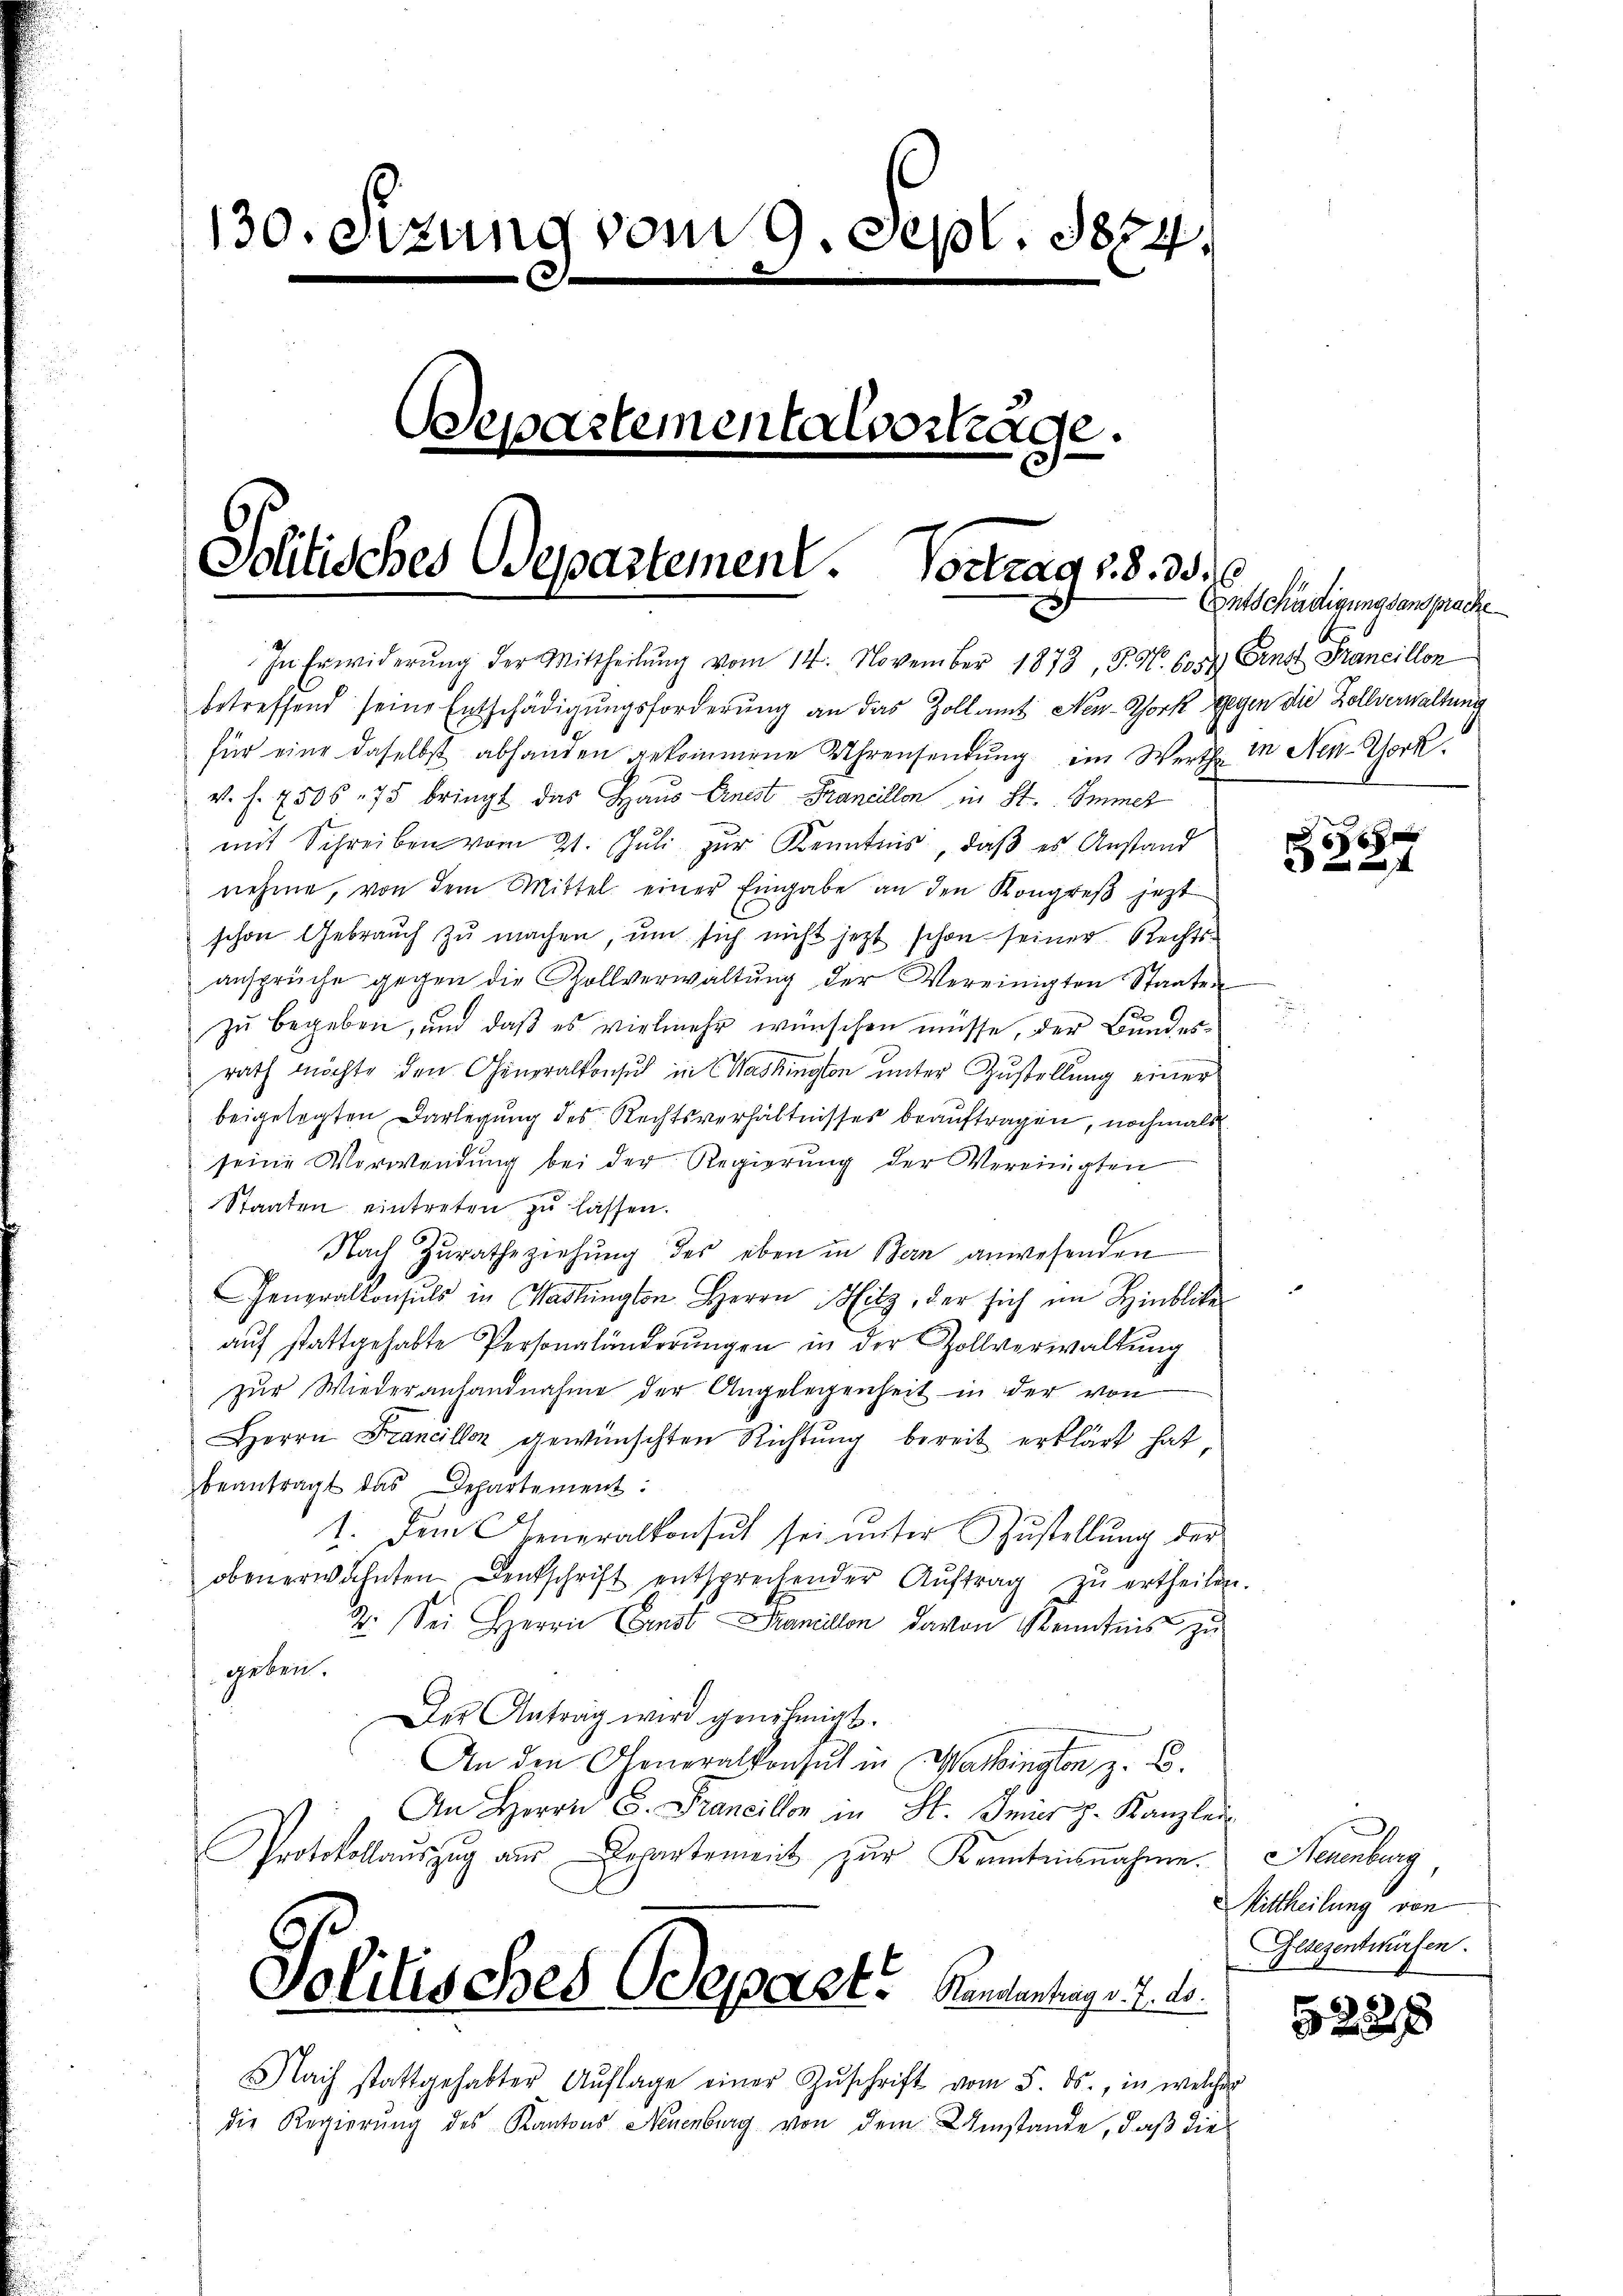
30. Sitzung vom 9. Sept. 1874.
Separtementalvertrage
Politisches Repartement. Vortrag d. 8. 356

In Erwiderŭng der Mittheilŭng vom 14. November 1873, S. Nr. 605 Ernst Francillon
betreffend seine Entschädigŭngsforderŭng an das Zollamt New-York gegen die Zollverwaltung
für eine daselbst abhanden gekommene Uhrensendung im Werth in New-York
v. f. 7506 75 bringt das Haus Einest Francellen in St. Immer
mit Schreiben vom 21. Jŭli zur Kenntnis, daß es Anstand
nehme, von dem Mittel einer Eingabe an den Kongreß jetzt
schon Gebraŭch zŭ machen, ŭm sich nicht jetzt schon seiner Rechts-
ansprüche gegen die Zollverwaltung der Vereinigten Staate
zu begeben, und daß es vielmehr wünschen müsse, der Bundesrath möchte den Generalkonsuch in Washington unter Zustellung einer
beigelegten Darlegung des Rechtsverhältnisses beauftragen, nochmals
seine Verwendung bei der Regierung der Vereinigten
Staaten eintreten zu lassen.
Nach Zuratheziehung des eben in Bern anwesenden
Generalkonsuls in Hadlington Herrn Hitz, der sich im Hinblicke
aŭf stattgehabte Persongländerŭngen in der Zollverwaltung
zŭr Wiederanhandnahme der Angelegenheit in der von
Herrn Francillen gewünschten Richtung bereit erklärt hat,
beantragt das Departement:
1. Dem Generalkonsul sei unter Zustellung der
oben erwähnten Denkschrift entsprechender Aŭftrag zŭ ertheilen
2. Sei Herrn Ernst Krancillon, davon Kenntnis zu
geben.
Der Antrag wird genehmigt.
An den Generalkonsul in Wallington z. B.
An Herrn G. Francillon in St. Feier z. Kanzlei
Protokollaŭszŭg aŭs Departement zŭr Kenntnisnahme.
Solitisches Odepart? Mandantrag v. J. do
Nach stattgehabter Aŭflage einer Zŭschrift vom 5. ds., in welcher
die Regierung des Kantons Neuenburg von dem Umstände, daß die

Entschädigungsansprache

5
s
x

Neuenburg
Mittheilung von
Gesezentwürfen.

523 f